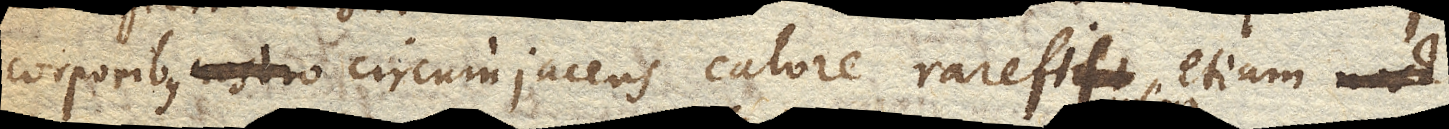
corporibus nostro circumjacens calore rarefit, etiam